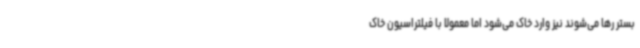
بستر رها می‌شوند نیز وارد خاک می‌شود اما معمولا با فیلتراسیون خاک